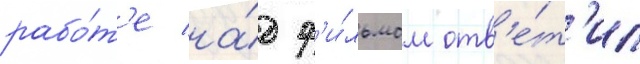
рабо́т'е на́д ф'и́льмом отв'е́т'ил